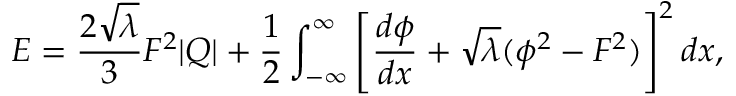
E = { \frac { 2 \sqrt { \lambda } } { 3 } } F ^ { 2 } | Q | + { \frac { 1 } { 2 } } \int _ { - \infty } ^ { \infty } \left[ { \frac { d \phi } { d x } } + \sqrt { \lambda } ( \phi ^ { 2 } - F ^ { 2 } ) \right] ^ { 2 } d x ,